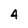
Character: 4